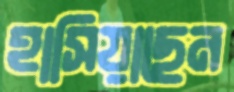
হাসিয়াছেন